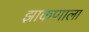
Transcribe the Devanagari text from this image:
झाकणाला